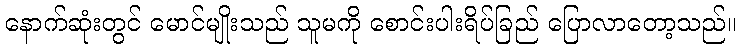
နောက်ဆုံးတွင် မောင်မျိုးသည် သူမကို စောင်းပါးရိပ်ခြည် ပြောလာတော့သည်။